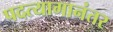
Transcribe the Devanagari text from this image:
पदत्यागानंतर